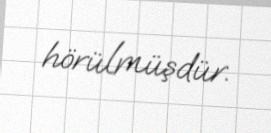
hörülmüşdür.